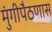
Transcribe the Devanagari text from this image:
मुंगीपैठणास